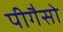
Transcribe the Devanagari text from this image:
पीगैसो